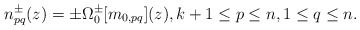
\begin{align*}n_{pq}^{\pm}(z) = \pm \Omega^{\pm}_{0}[m_{0,pq}](z),k + 1 \leq p \leq n, 1 \leq q \leq n.\end{align*}